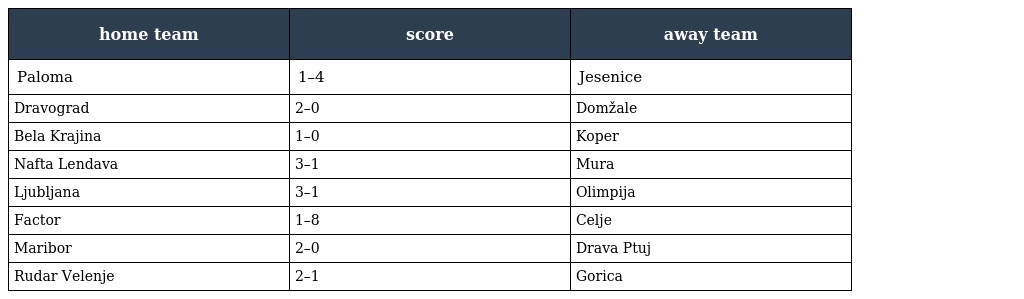
| home team | score | away team |
 | --- | --- | --- |
 | Paloma | 1–4 | Jesenice |
 | Dravograd | 2–0 | Domžale |
 | Bela Krajina | 1–0 | Koper |
 | Nafta Lendava | 3–1 | Mura |
 | Ljubljana | 3–1 | Olimpija |
 | Factor | 1–8 | Celje |
 | Maribor | 2–0 | Drava Ptuj |
 | Rudar Velenje | 2–1 | Gorica |